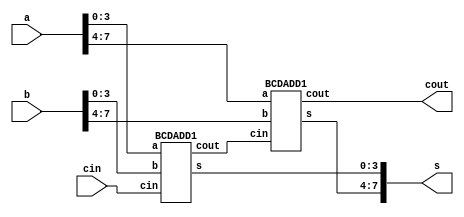
module BCDadder(a,b,cin,s,cout);

input [7:0] a,b;
input cin;
output [7:0] s;
output cout;
wire c0;

BCDADD1 u0(a[3:0],b[3:0],cin,s[3:0],c0);
BCDADD1 u1(a[7:4],b[7:4],c0,s[7:4],cout);

endmodule


module BCDADD1(a,b,cin,s,cout);

input [3:0] a,b;
input cin;
output [3:0] s;
output cout;
wire c1,c0;
wire [3:0] s0,s1;

ADD4 u0(a,b,cin,s0,c0);
ADD6 u1(s0,s1,c1);

assign cout=c0|c1;
assign s=cout?s1:s0;

endmodule



module ADD6(a,c,cout);

input [3:0] a;
output [3:0] c;
output cout;

assign c[0]=a[0],
       c[1]=~a[1],
		 c[2]=~(a[1]^a[2]),
		 c[3]=(a[1]|a[2])^a[3],
		 cout=(a[1]|a[2])&a[3];

endmodule



module ADD4(a,b,cin,s,cout);

input [3:0] a,b;
input cin;
output [3:0] s;
output cout;
wire [3:0] p,g;
wire [3:0] c;

assign p[0]=a[0]^b[0],
       p[1]=a[1]^b[1],
		 p[2]=a[2]^b[2],
		 p[3]=a[3]^b[3];

assign g[0]=a[0]&b[0],
       g[1]=a[1]&b[1],
		 g[2]=a[2]&b[2],
		 g[3]=a[3]&b[3];

assign c[0]=g[0]|(p[0]&cin),
       c[1]=g[1]|(p[1]&g[0])|(p[1]&p[0]&cin),
		 c[2]=g[2]|(p[2]&g[1])|(p[2]&p[1]&g[0])|(p[2]&p[1]&p[0]&cin),
		 c[3]=g[3]|(p[3]&g[2])|(p[3]&p[2]&g[1])|(p[3]&p[2]&p[1]&g[0])|(p[3]&p[2]&p[1]&p[0]&cin);
		 
assign s[0]=p[0]^cin,
       s[1]=p[1]^c[0],
		 s[2]=p[2]^c[1],
		 s[3]=p[3]^c[2];
assign cout=c[3];

endmodule